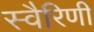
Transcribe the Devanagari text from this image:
स्वैरिणी